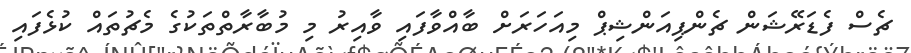
ޗެސް ފެޑަރޭޝަން ޗެންޕިއަންޝިޕް މިއަހަރަށް ބާއްވާފައި ވާއިރު މި މުބާރާތްތަކުގެ މެޗުތައް ކުޅެފައި